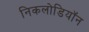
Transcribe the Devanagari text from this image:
निकलोडियॉन